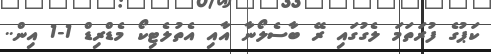
ކަޕުގެ ފުރަތަމަ ލެގުގައި ރޭ ބާސެލޯނާ އާއި އެތުލެޓިކޯ މެޑްރިޑް 1-1 އިން..